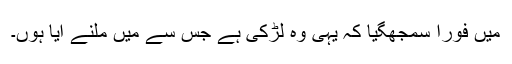
میں فوراً سمجھگیا کہ یہی وہ لڑکی ہے جس سے میں ملنے آیا ہوں۔